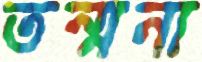
তন্মনা